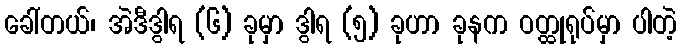
ခေါ်တယ်၊ အဲဒီဒွါရ (၆) ခုမှာ ဒွါရ (၅) ခုဟာ ခုနက ဝတ္ထုရုပ်မှာ ပါတဲ့